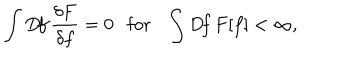
\int D \! f \, \frac { \delta F } { \delta f } = 0 \mathrm { f o r } \int D \! f \, F [ f ] < \infty ,